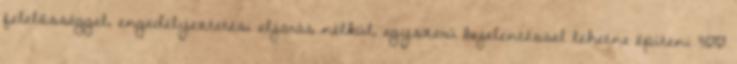
felelősséggel, engedélyeztetési eljárás nélkül, egyszerű bejelentéssel lehetne építeni 300